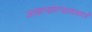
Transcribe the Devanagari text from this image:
अखण्डमण्डलाकारं